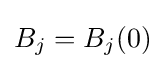
B_{j}=B_{j}(0)